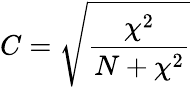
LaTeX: C={\sqrt{\frac{\chi^{2}}{N+\chi^{2}}}}